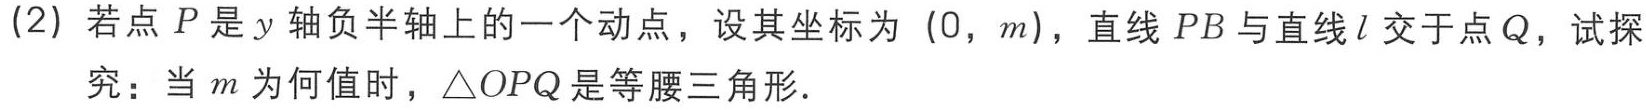
(2) 若点 \(P\) 是 \(y\) 轴负半轴上的一个动点，设其坐标为 \((0,m)\)，直线 \(PB\) 与直线 \(l\) 交于点 \(Q\)，试探究：当 \(m\) 为何值时，\(\triangle OPQ\) 是等腰三角形．